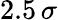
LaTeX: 2.5\, \sigma